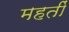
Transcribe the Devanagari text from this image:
महतीं